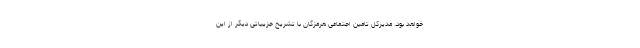
خواهد بود. مدیرکل تامین اجتماعی هرمزگان با تشریح جزییاتی دیگر از این